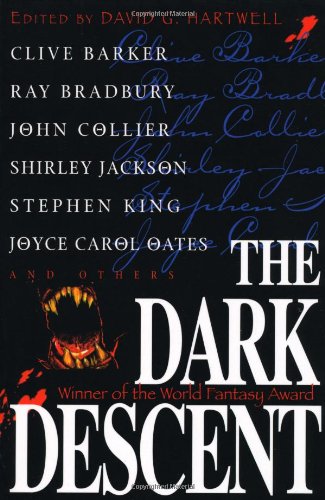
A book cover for The Dark Descent; Clive Barker; Science Fiction & Fantasy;